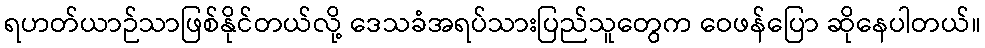
ရဟတ်ယာဉ်သာဖြစ်နိုင်တယ်လို့ ဒေသခံအရပ်သားပြည်သူတွေက ဝေဖန်ပြော ဆိုနေပါတယ်။